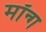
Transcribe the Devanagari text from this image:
मॉन्ग